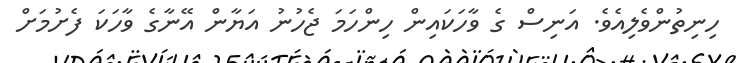
ހިނިތުންވެލިއެވެ. އަނިސް ގެ ވާހަކައިން ހިންހަމަ ޖެހުނު އަޔާން އޭނާގެ ވާހަކަ ފެށުމަށް